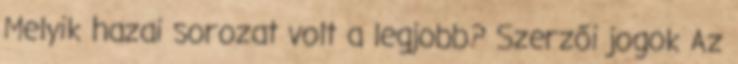
Melyik hazai sorozat volt a legjobb? Szerzői jogok Az